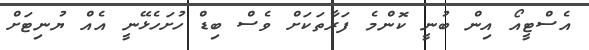
އެސްޓީއޯ އިން ބުނީ ކޮންމެ ފަރާތަކަށް ވެސް ބިޑް ހުށަހެޅޭނީ އެއް ޔުނިޓަށް